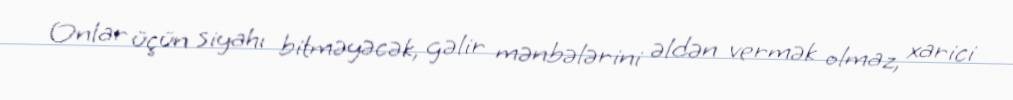
Onlar üçün siyahı bitməyəcək, gəlir mənbələrini əldən vermək olmaz, xarici